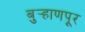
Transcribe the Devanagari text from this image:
बुर्‍हाणपूर